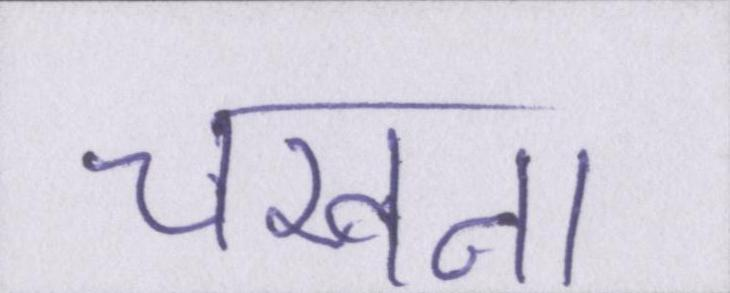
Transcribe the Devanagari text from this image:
चखना